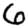
Digit: 6